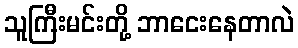
သူကြီးမင်းတို့ ဘာငေးနေတာလဲ